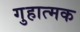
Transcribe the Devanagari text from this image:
गुहात्मक